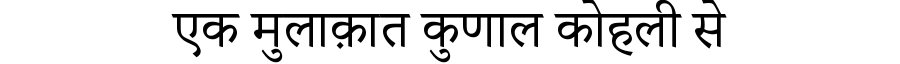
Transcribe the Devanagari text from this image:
एक मुलाक़ात कुणाल कोहली से